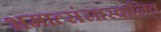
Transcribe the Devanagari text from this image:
भ्रमात्संसारवानिव